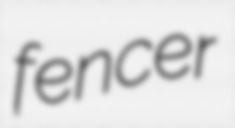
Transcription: fencer